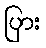
ပြား